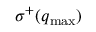
\sigma ^ { + } ( \boldsymbol q _ { \mathrm { m a x } } )